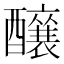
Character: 𮡌